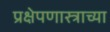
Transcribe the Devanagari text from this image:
प्रक्षेपणास्त्राच्या